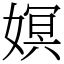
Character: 嫇